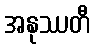
အနုဿတီ